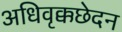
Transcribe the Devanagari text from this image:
अधिवृक्कछेदन